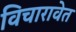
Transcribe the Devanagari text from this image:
विचारावेत